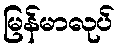
မြန်မာလုပ်